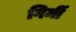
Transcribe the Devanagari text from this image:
गिर्मी